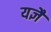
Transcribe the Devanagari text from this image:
यज्ञै